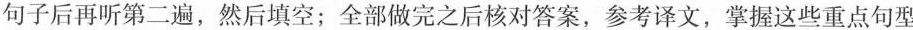
句子后再听第二遍,然后填空;全部做完之后核对答案,参考译文,掌握这些重点句型